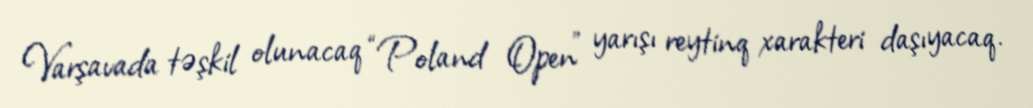
Varşavada təşkil olunacaq “Poland Open” yarışı reytinq xarakteri daşıyacaq.